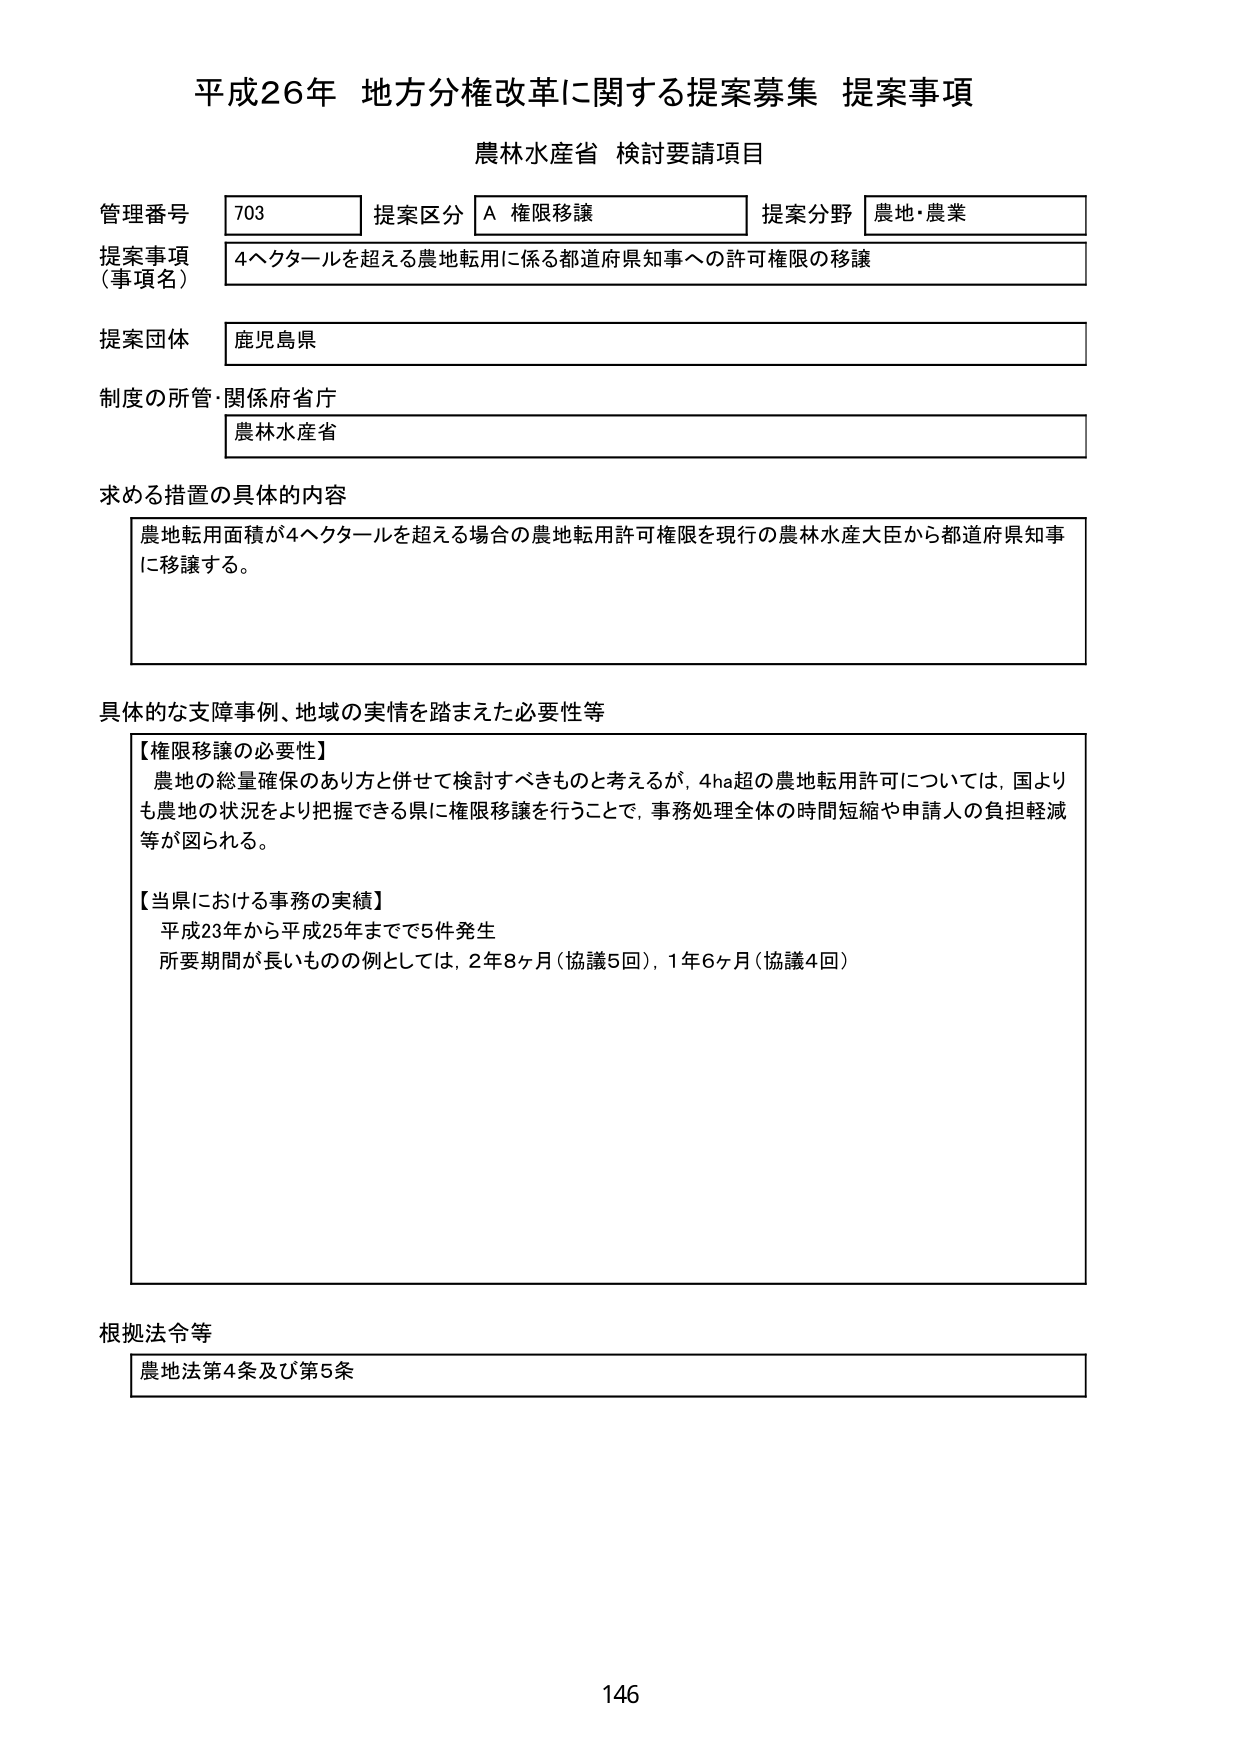
平成26年 地方分権改革に関する提案募集 提案事項
農林水産省 検討要請項目

管理番号 703 提案区分 A 権限移譲 提案分野 農地・農業
提案事項（事項名） 4ヘクタールを超える農地転用に係る都道府県知事への許可権限の移譲
提案団体 鹿児島県
制度の所管・関係府省庁 農林水産省

求める措置の具体的内容
農地転用面積が4ヘクタールを超える場合の農地転用許可権限を現行の農林水産大臣から都道府県知事に移譲する。

具体的な支障事例、地域の実情を踏まえた必要性等
【権限移譲の必要性】
農地の総量確保のあり方と併せて検討すべきものと考えるが、4ha超の農地転用許可については、国よりも農地の状況をより把握できる県に権限移譲を行うことで、事務処理全体の時間短縮や申請人の負担軽減等が図られる。

【当県における事務の実績】
平成23年から平成25年までで5件発生
所要期間が長いものの例としては、2年8ヶ月（協議5回）、1年6ヶ月（協議4回）

根拠法令等
農地法第4条及び第5条

146